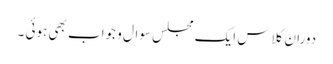
دوران کلاس ایک مجلس سوال و جواب بھی ہوئی ۔